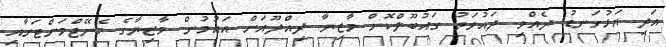
އަދި އަޅުގަަނޑު ދެއްވި ދައުވަތު ގައުބޫލްކޮށް މާޒިޔާ ދިއްދޫއަށް އައުމުން މާޒިޔާގެ މެނޭޖްމަންޓަށާއި